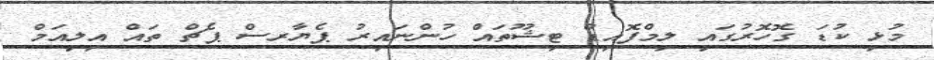
މުޅި ކުޑަ ގޮހޮރުގައި ލިމްފޮއިޑް ޓިޝޫތައް ހުންނައިރު ޕެޔާރސް ޕެޗް ތައް އިލިއަމް